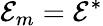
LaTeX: \mathcal{E}_{m}=\mathcal{E}^{*}